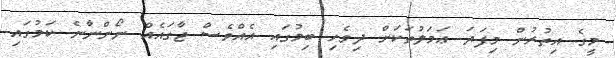
މީގެ އިތުރުން މިފަދަ ޢަމަލުތަކަށް ދިވެހި ބިމުގައި އެއްވެސް ޖާގައެއް ނޯންނާނެ ކަމުގައި